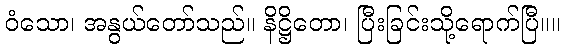
ဝံသော၊ အနွယ်တော်သည်။ နိဋ္ဌိတော၊ ပြီးခြင်းသို့ရောက်ပြီ။။